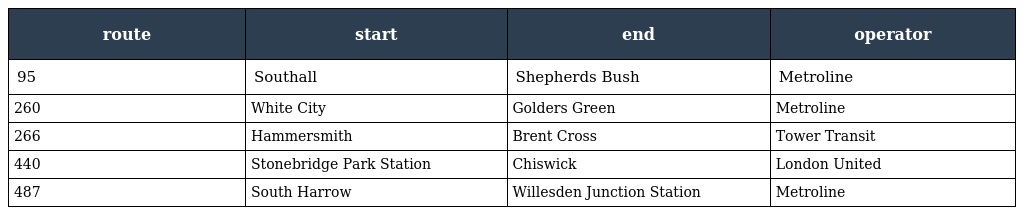
| route | start | end | operator |
 | --- | --- | --- | --- |
 | 95 | Southall | Shepherds Bush | Metroline |
 | 260 | White City | Golders Green | Metroline |
 | 266 | Hammersmith | Brent Cross | Tower Transit |
 | 440 | Stonebridge Park Station | Chiswick | London United |
 | 487 | South Harrow | Willesden Junction Station | Metroline |